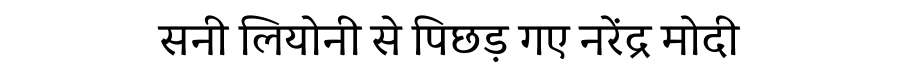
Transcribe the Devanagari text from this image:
सनी लियोनी से पिछड़ गए नरेंद्र मोदी